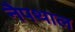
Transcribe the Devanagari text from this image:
नैपथाल